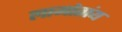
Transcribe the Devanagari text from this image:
लामोतांय